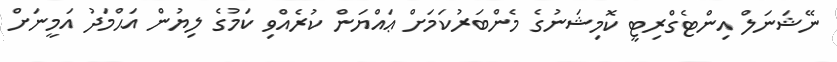
ނޭޝަނަލް އިންޓެގްރިޓީ ކޮމިޝަނުގެ މެންބަރުކަމަށް ޢައްޔަން ކުރެއްވި ކަމުގެ ލިޔުން އަޙްމަދު އަމީނަށް